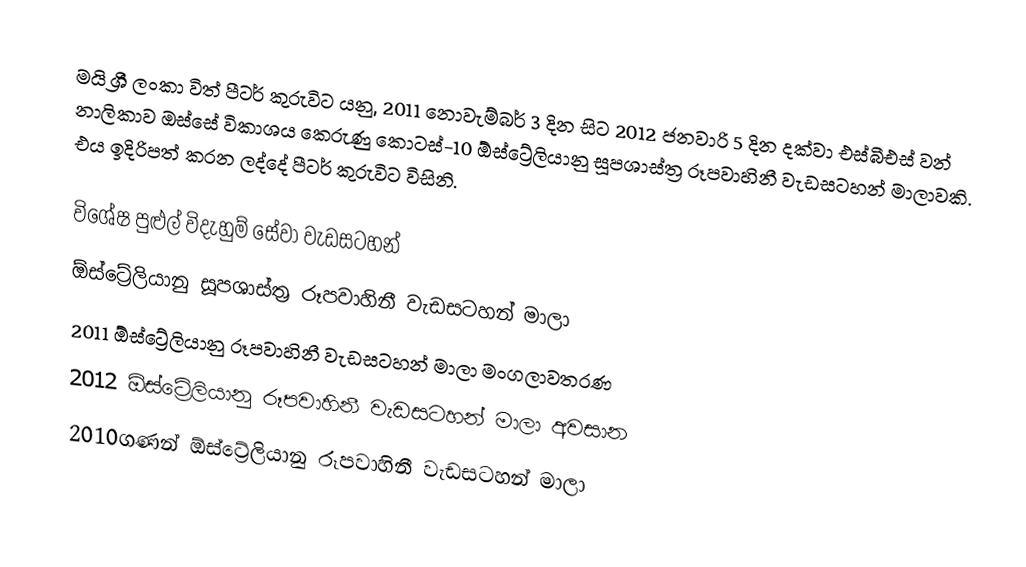
මයි ශ්‍රී ලංකා විත් පීටර් කුරුවිට යනු, 2011 නොවැම්බර් 3 දින සිට 2012 ජනවාරි 5  දින දක්වා එස්බීඑස් වන්  නාලිකාව ඔස්සේ විකාශය කෙරුණු කොටස්-10 ඕස්ට්‍රේලියානු සූපශාස්ත්‍ර රූපවාහිනී වැඩසටහන් මාලාවකි. එය ඉදිරිපත් කරන ලද්දේ පීටර් කුරුවිට විසිනි.

විශේෂ පුළුල් විදැහුම් සේවා වැඩසටහන්
ඕස්ට්‍රේලියානු සූපශාස්ත්‍ර රූපවාහිනී වැඩසටහන් මාලා
2011 ඕස්ට්‍රේලියානු රූපවාහිනී වැඩසටහන් මාලා මංගලාවතරණ
2012 ඕස්ට්‍රේලියානු රූපවාහිනී වැඩසටහන් මාලා අවසාන
2010ගණන් ඕස්ට්‍රේලියානු රූපවාහිනී වැඩසටහන් මාලා